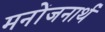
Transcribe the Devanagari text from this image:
मनोंजनार्थ